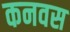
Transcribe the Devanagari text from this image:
कनवस